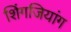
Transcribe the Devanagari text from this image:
शिंगजियांग